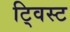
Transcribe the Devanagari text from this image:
टि्वस्ट